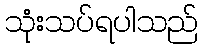
သုံးသပ်ရပါသည်